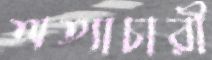
অত্যাচারী